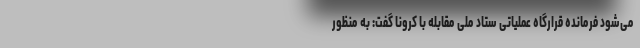
می‌شود فرمانده قرارگاه عملیاتی ستاد ملی مقابله با کرونا گفت: به منظور